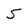
Character: 5